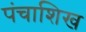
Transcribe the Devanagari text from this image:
पंचाशिख